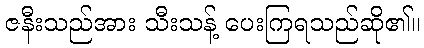
ဇနီးသည်အား သီးသန့် ပေးကြရသည်ဆို၏။